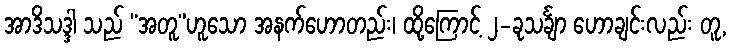
အာဒိသဒ္ဒါ သည် “အတူ”ဟူသော အနက်ဟောတည်း၊ ထို့ကြောင့် ၂-ခုသင်္ချာ ဟောချင်းလည်း တူ,